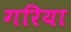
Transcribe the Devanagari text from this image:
गरिया